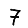
Digit: 7